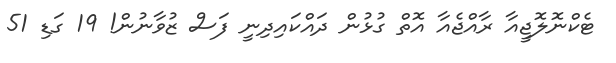
ޓެކްނޮލޮޖީއާ ރާއްޖެއާ އޮތް ގުޅުން ދައްކައިދިނީ ފަސް ޒުވާނުން! 19 ގަޑި 51